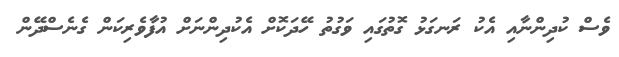
ވެސް ކުދިންނާއި އެކު ރަނގަޅު ގޮތުގައި ވަގުތު ހޭދަކޮށް އެކުދިންނަށް އުފާވެރިކަން ގެނެސްދޭން